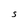
Character: s